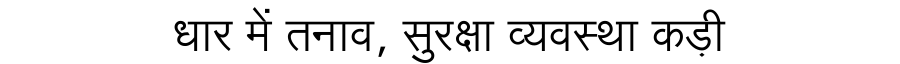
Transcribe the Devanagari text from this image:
धार में तनाव, सुरक्षा व्यवस्था कड़ी